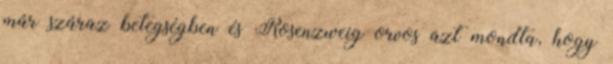
már száraz betegségben és Rosenzweig orvos azt mondta, hogy